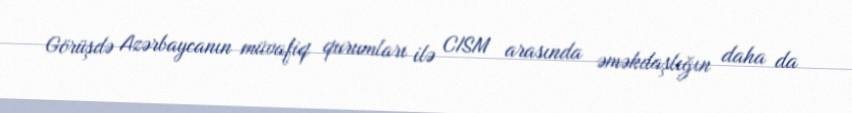
Görüşdə Azərbaycanın müvafiq qurumları ilə CISM arasında əməkdaşlığın daha da